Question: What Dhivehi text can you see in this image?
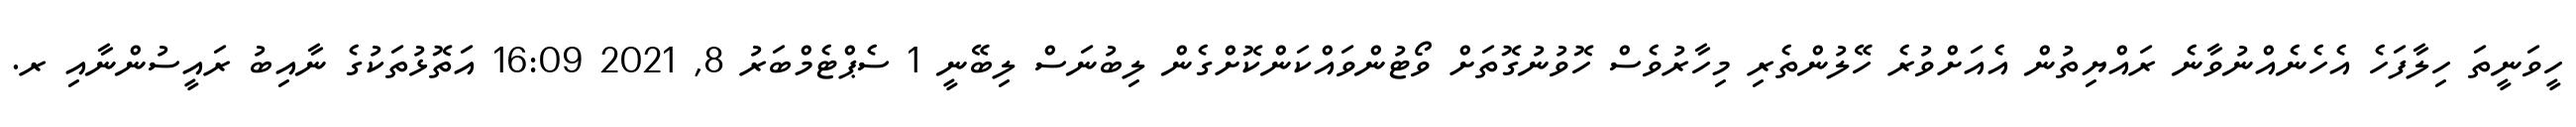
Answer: ހީވަނީތަ ހިލާފަހެ އެހެނެއްނުވާނެ ރައްޔިތުން އެއަށްވުރެ ހޭލުންތެރި މިހާރުވެސް ހޮވުނުގޮތަށް ވޯޓުންވައްކަންކޮށްގެން ލިބުނަސް ލިބޭނީ 1 ސެޕްޓެމްބަރު 8, 2021 16:09 އަތޮޅުތަކުގެ ނާއިބު ރައީސުންނާއި ރ.